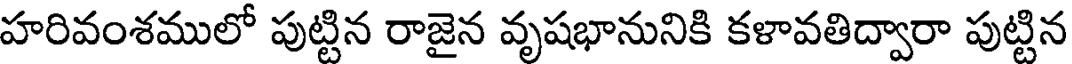
హరివంశములో పుట్టిన రాజైన వృషభానునికి కళావతిద్వారా పుట్టిన